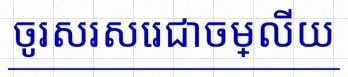
ចូរសរសេរជាចម្លើយ